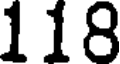
118